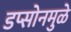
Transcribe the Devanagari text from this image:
डप्सोनमुळे